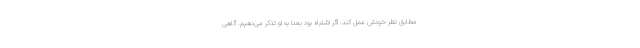
مطابق نظر خودش عمل کند. اگر اشتباه بود بعدا به او تذکر می‌دهیم. گاهی